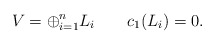
\begin{align*}V= \oplus_{i=1}^{n} L_i \qquad c_1(L_i)=0.\end{align*}